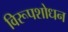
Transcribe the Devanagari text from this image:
विरूपशोधन